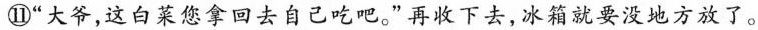
⑪“大爷，这白菜您拿回去自己吃吧”再枚下去，冰箱就要没地方放了。